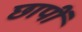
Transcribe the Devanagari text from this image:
छापीं